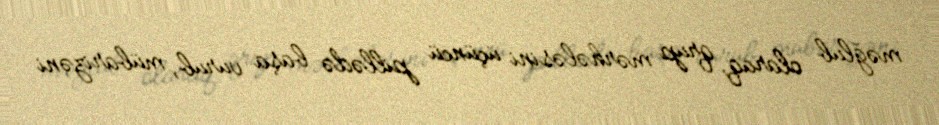
məğlub olaraq, qrup mərhələsini üçüncü pillədə başa vurub, mübarizəni